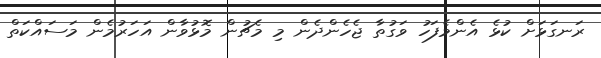
ރަނގަޅަށް ކުޅެ އެންމެފަހު ވަގުތާ ޖެހެންދެން މި މެޗުން މޮޅުވާން އަހަރުމެން މަސައްކަތް